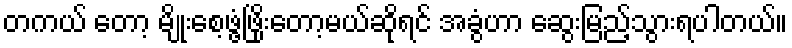
တကယ် တော့ မျိုးစေ့ဖွံ့ဖြိုးတော့မယ်ဆိုရင် အခွံဟာ ဆွေးမြည့်သွားရပါတယ်။